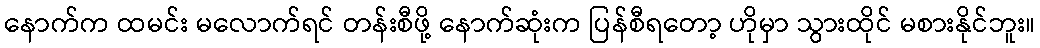
နောက်က ထမင်း မလောက်ရင် တန်းစီဖို့ နောက်ဆုံးက ပြန်စီရတော့ ဟိုမှာ သွားထိုင် မစားနိုင်ဘူး။